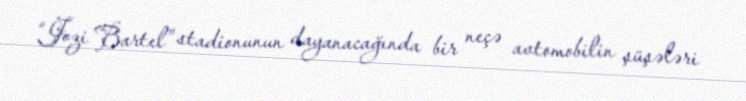
“Jozi Bartel” stadionunun dayanacağında bir neçə avtomobilin şüşələri